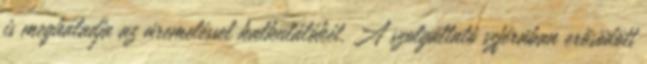
is meghaladja az áremeléssel kalkulálókét. A szolgáltató szférában erősödött